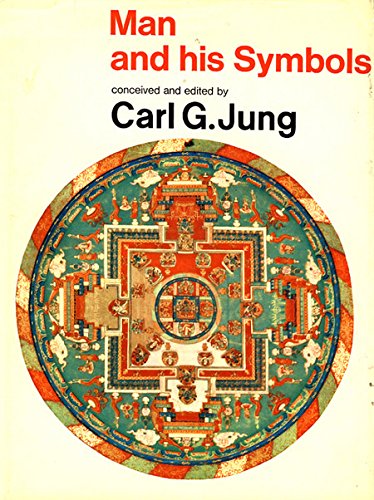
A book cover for Man and His Symbols; Politics & Social Sciences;